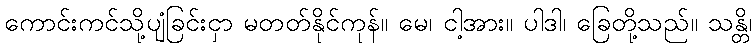
ကောင်းကင်သို့ပျံခြင်းငှာ မတတ်နိုင်ကုန်။ မေ၊ ငါ့အား။ ပါဒါ၊ ခြေတို့သည်။ သန္တိ၊